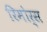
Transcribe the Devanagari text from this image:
रिमोर्स